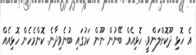
އެ ހޮޅި ދޫކޮށްލަންވީ. ހޮޅިއެއް ބޭނުން ނޫން ކަމުގައި ބުނެވިދާނެ. ކޮންމެހެން ހޮޅިއެއް